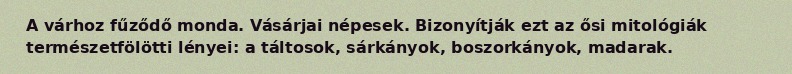
A várhoz fűződő monda. Vásárjai népesek. Bizonyítják ezt az ősi mitológiák természetfölötti lényei: a táltosok, sárkányok, boszorkányok, madarak.